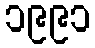
၁၉၉၁